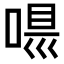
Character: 𠸵